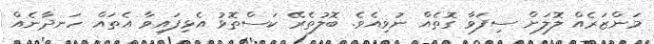
މަންޒަރެއް ލޮލަށް ސިފަވާ ގޮތެއް ނުވިއެވެ. ބޮލުތެރޭ ކަސްތޮޅު އެޅިފައިވާ އެތައް ހަނދާނެއް